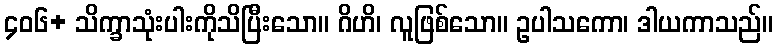
၄၀၆+ သိက္ခာသုံးပါးကိုသိပြီးသော။ ဂိဟိ၊ လူဖြစ်သော။ ဥပါသကော၊ ဒါယကာသည်။